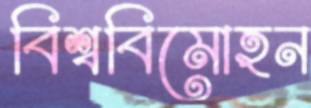
বিশ্ববিমোহন